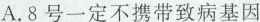
A.8号一定不携带致病基因